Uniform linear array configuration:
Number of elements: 48
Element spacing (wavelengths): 1
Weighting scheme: cosine
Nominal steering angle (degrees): -45
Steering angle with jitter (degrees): -44.037
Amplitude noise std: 0.05
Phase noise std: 0.05

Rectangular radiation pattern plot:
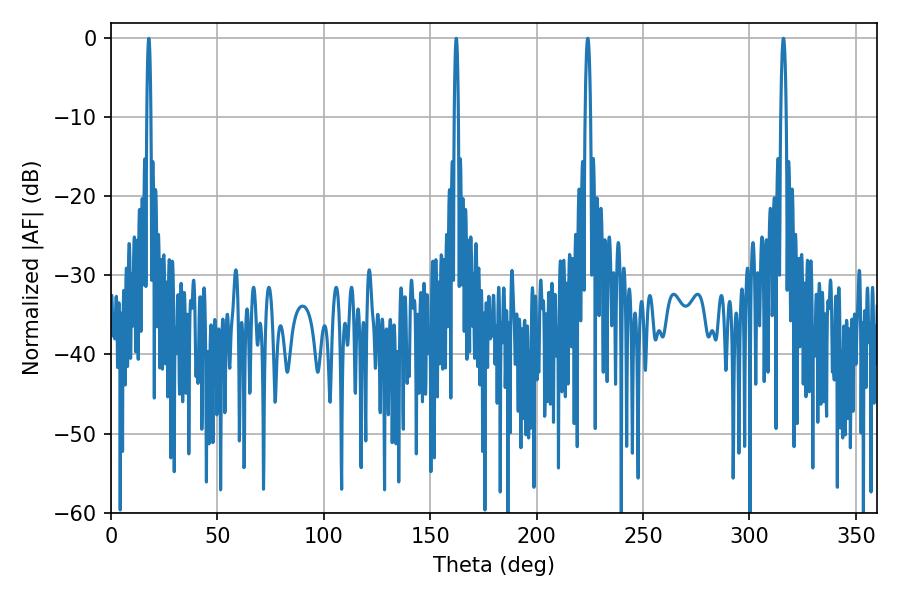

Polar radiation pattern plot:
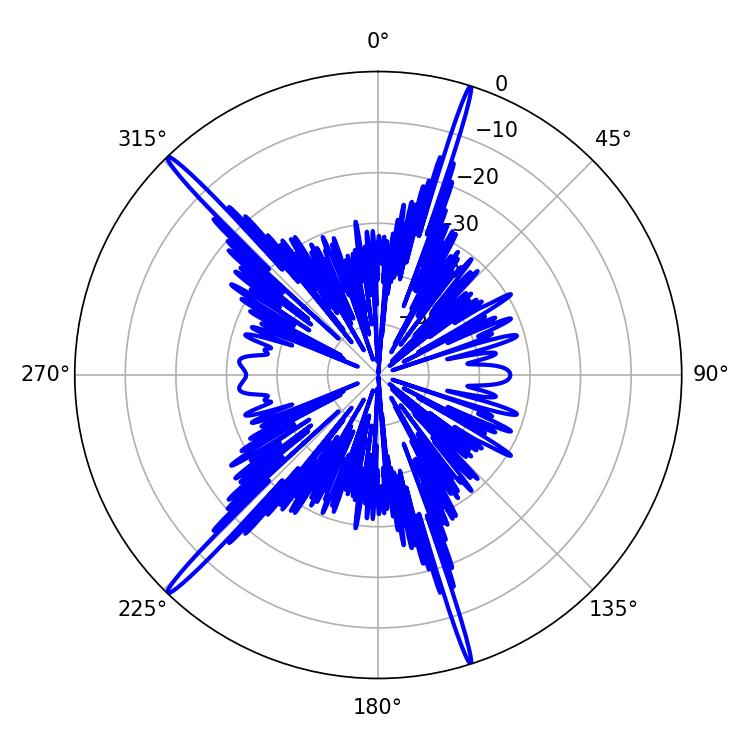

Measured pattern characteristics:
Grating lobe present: TRUE
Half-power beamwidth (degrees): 1.26
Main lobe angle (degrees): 224.1